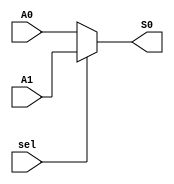
`timescale 1ns/100ps

module Mux #(
	parameter WIDTH = 16
)
(
  input [ WIDTH - 1 : 0 ] A0,
  input [ WIDTH - 1 : 0 ] A1,
  input sel,
  output [ WIDTH -1 : 0 ] S0
);

  assign S0 = sel ? A1 : A0 ;
endmodule